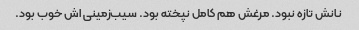
نانش تازه نبود. مرغش هم کامل نپخته بود. سیب‌زمینی‌ اش خوب بود.